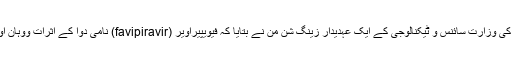
برطانوی روزنامے دی گارڈین کی رپورٹ کے مطابق چین کی وزارت سائنس و ٹیکنالوجی کے ایک عہدیدار زینگ شن من نے بتایا کہ فیویپیراویر (favipiravir) نامی دوا کے اثرات ووہان اور شینزن میں کلینکل ٹرائلز کے دوران حوصلہ افزا رہے ہیں۔